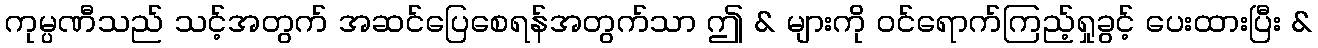
ကုမ္ပဏီသည် သင့်အတွက် အဆင်ပြေစေရန်အတွက်သာ ဤ & များကို ဝင်ရောက်ကြည့်ရှုခွင့် ပေးထားပြီး &